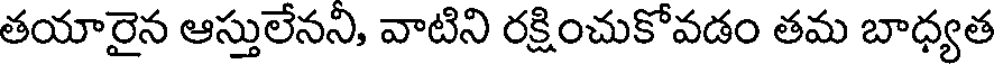
తయారైన ఆస్తులేనని, వాటిని రక్షించుకోవడం తమ బాధ్యత